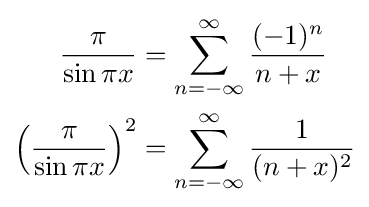
{\begin{aligned}{\frac {\pi }{\sin \pi x}}&=\sum _{n=-\infty }^{\infty }{\frac {(-1)^{n}}{n+x}}\\\left({\frac {\pi }{\sin \pi x}}\right)^{2}&=\sum _{n=-\infty }^{\infty }{\frac {1}{(n+x)^{2}}}\end{aligned}}